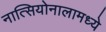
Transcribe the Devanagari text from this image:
नात्सियोनालामध्ये